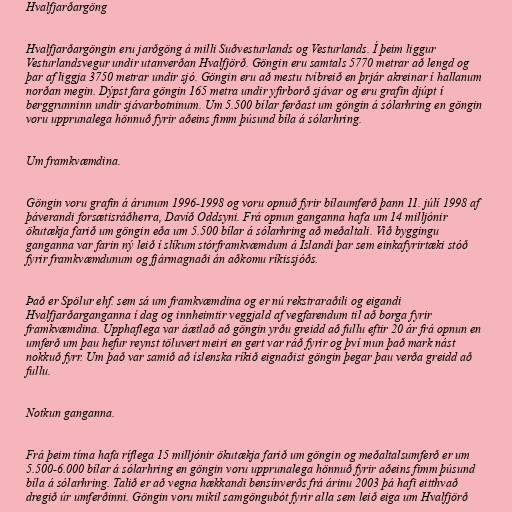
Hvalfjarðargöng

Hvalfjarðargöngin eru jarðgöng á milli Suðvesturlands og Vesturlands. Í þeim liggur
Vesturlandsvegur undir utanverðan Hvalfjörð. Göngin eru samtals 5770 metrar að lengd og
þar af liggja 3750 metrar undir sjó. Göngin eru að mestu tvíbreið en þrjár akreinar í hallanum
norðan megin. Dýpst fara göngin 165 metra undir yfirborð sjávar og eru grafin djúpt í
berggrunninn undir sjávarbotninum. Um 5.500 bílar ferðast um göngin á sólarhring en göngin
voru upprunalega hönnuð fyrir aðeins fimm þúsund bíla á sólarhring.

Um framkvæmdina.

Göngin voru grafin á árunum 1996-1998 og voru opnuð fyrir bílaumferð þann 11. júlí 1998 af
þáverandi forsætisráðherra, Davíð Oddsyni. Frá opnun ganganna hafa um 14 milljónir
ökutækja farið um göngin eða um 5.500 bílar á sólarhring að meðaltali. Við byggingu
ganganna var farin ný leið í slíkum stórframkvæmdum á Íslandi þar sem einkafyrirtæki stóð
fyrir framkvæmdunum og fjármagnaði án aðkomu ríkissjóðs.

Það er Spölur ehf. sem sá um framkvæmdina og er nú rekstraraðili og eigandi
Hvalfjarðarganganna í dag og innheimtir veggjald af vegfarendum til að borga fyrir
framkvæmdina. Upphaflega var áætlað að göngin yrðu greidd að fullu eftir 20 ár frá opnun en
umferð um þau hefur reynst töluvert meiri en gert var ráð fyrir og því mun það mark nást
nokkuð fyrr. Um það var samið að íslenska ríkið eignaðist göngin þegar þau verða greidd að
fullu.

Notkun ganganna.

Frá þeim tíma hafa ríflega 15 milljónir ökutækja farið um göngin og meðaltalsumferð er um
5.500-6.000 bílar á sólarhring en göngin voru upprunalega hönnuð fyrir aðeins fimm þúsund
bíla á sólarhring. Talið er að vegna hækkandi bensínverðs frá árinu 2003 þá hafi eitthvað
dregið úr umferðinni. Göngin voru mikil samgöngubót fyrir alla sem leið eiga um Hvalfjörð